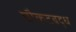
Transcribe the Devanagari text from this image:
चौकटबद्ध